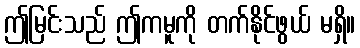
ဤမြင်းသည် ဤကမူကို တက်နိုင်ဖွယ် မရှိ။